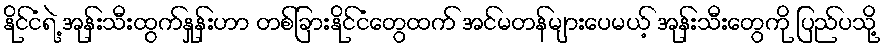
နိုင်ငံရဲ့ အုန်းသီးထွက်နှုန်းဟာ တစ်ခြားနိုင်ငံတွေထက် အင်မတန်များပေမယ့် အုန်းသီးတွေကို ပြည်ပသို့